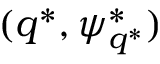
( q ^ { * } , \psi _ { q ^ { * } } ^ { * } )